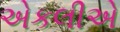
એકલીએ